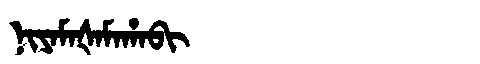
Manchu: ᠨᡳᠶᠠᠮᠠᡧᠠᠮᠠᡥᠠᠪᡳ
Romanization: NIYAMAŠAMAHABI